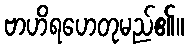
ဗာဟိရဟေတုမည်၏။